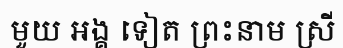
មួយ អង្គ ទៀត ព្រះនាម ស្រី